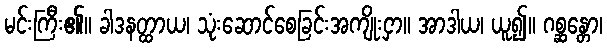
မင်းကြီး၏။ ခါဒနတ္ထာယ၊ သုံးဆောင်စေခြင်းအကျိုးငှာ။ အာဒါယ၊ ယူ၍။ ဂစ္ဆန္တော၊